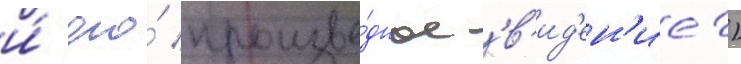
и́ его́ произво́дное 'в'ид'ен'ие')